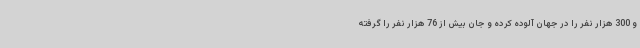
و 300 هزار نفر را در جهان آلوده کرده و جان بیش از 76 هزار نفر را گرفته